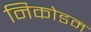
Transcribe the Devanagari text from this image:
निकोडम